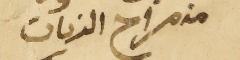
من مراح الزيات